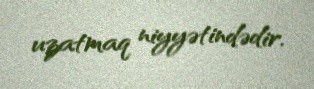
uzatmaq niyyətindədir.